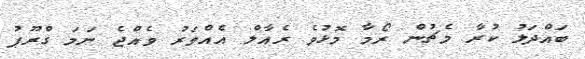
ބައްދަލު ކުރާ މެޗުން ރޯމާ މޮޅުވެ ރެއާލް އެއްވަރު ވެއްޖެ ނަމަ ގްރޫޕު